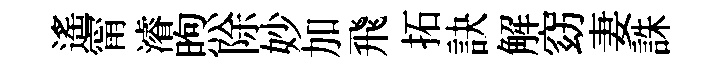
遙甯濬煦除妙加飛拓訣解窈妻誅